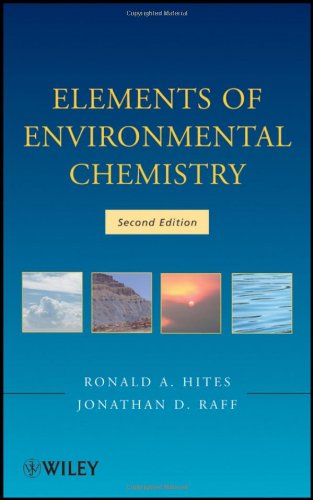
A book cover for Elements of Environmental Chemistry; Ronald A. Hites; Science & Math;